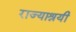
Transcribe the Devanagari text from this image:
राज्याश्रयी